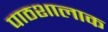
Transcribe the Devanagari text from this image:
पाठशालाक